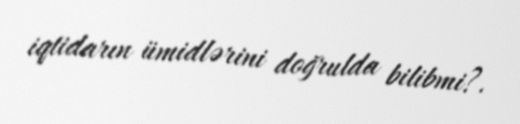
iqtidarın ümidlərini doğrulda bilibmi?.